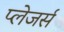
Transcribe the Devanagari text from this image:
प्लेजर्स